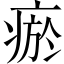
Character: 瘀